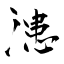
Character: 漶